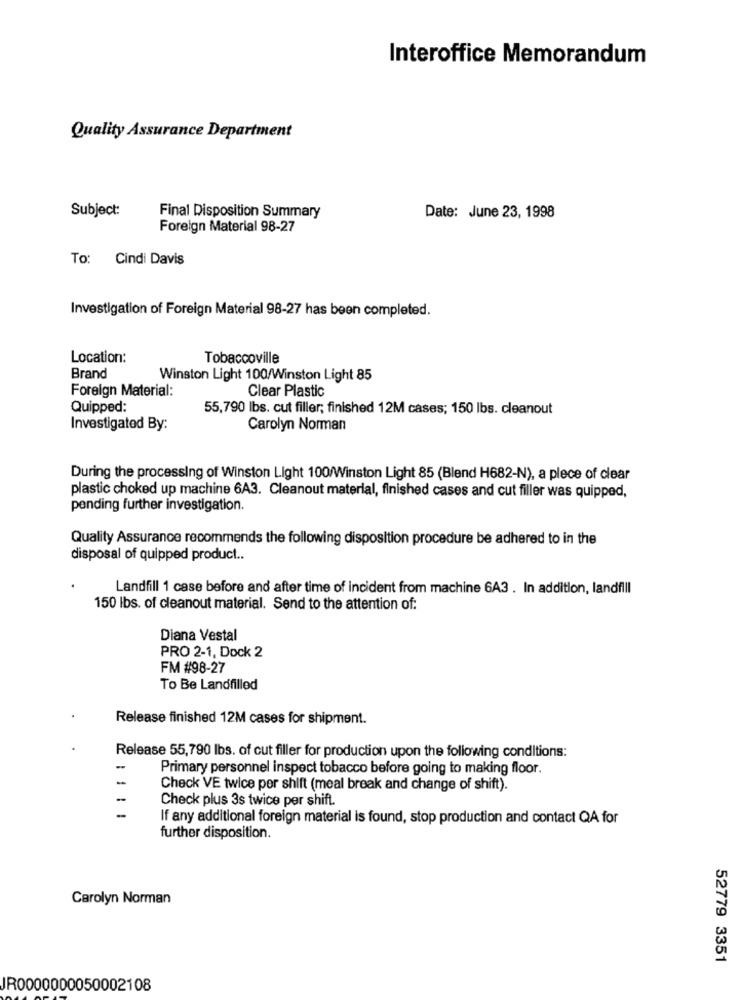
Interoffice Memorandum
Quality Assurance Department
Subject:
Final Disposition Summary
Date: June 23, 1998
Foreign Material 98-27
To: Cindi Davis
Investigation of Foreign Material 98-27 has been completed.
Location:
Tobaccoville
Brand
Winston Light 100/Winston Light 85
Foreign Material:
Clear Plastic
Quipped:
55,790 lbs. cut filler; finished 12M cases; 150 lbs. cleanout
Investigated By:
Carolyn Norman
During the processing of Winston Light 100/Winston Light 85 (Blend H682-N), a piece of clear
plastic choked up machine 6A3. Cleanout material, finished cases and cut filler was quipped,
pending further investigation.
Quality Assurance recommends the following disposition procedure be adhered to in the
disposal of quipped product ..
Landfill 1 case before and after time of incident from machine 6A3 . In addition, landfill
150 lbs. of cleanout material. Send to the attention of:
Diana Vestal
PRO 2-1, Dock 2
FM #98-27
To Be Landfilled
Release finished 12M cases for shipment.
Release 55,790 lbs. of cut filler for production upon the following conditions:
-
Primary personnel inspect tobacco before going to making floor.
-
Check VE twice per shift (meal break and change of shift).
-
Check plus 3s twice per shift.
-
If any additional foreign material is found, stop production and contact QA for
further disposition.
Carolyn Norman
52779 3351
JR0000000050002108